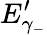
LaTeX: E_{\gamma_{-}}^{\prime}